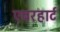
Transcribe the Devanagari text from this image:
एबरहार्ट